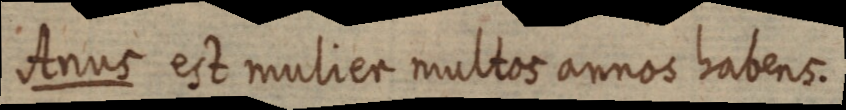
Anus est mulier multos annos habens.